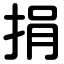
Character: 捐